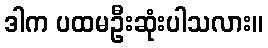
ဒါက ပထမဦးဆုံးပါသလား။